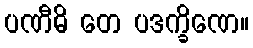
ပဏီဓိ တေ ပဒက္ခိဏေ။